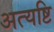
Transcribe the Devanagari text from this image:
अत्यष्टि